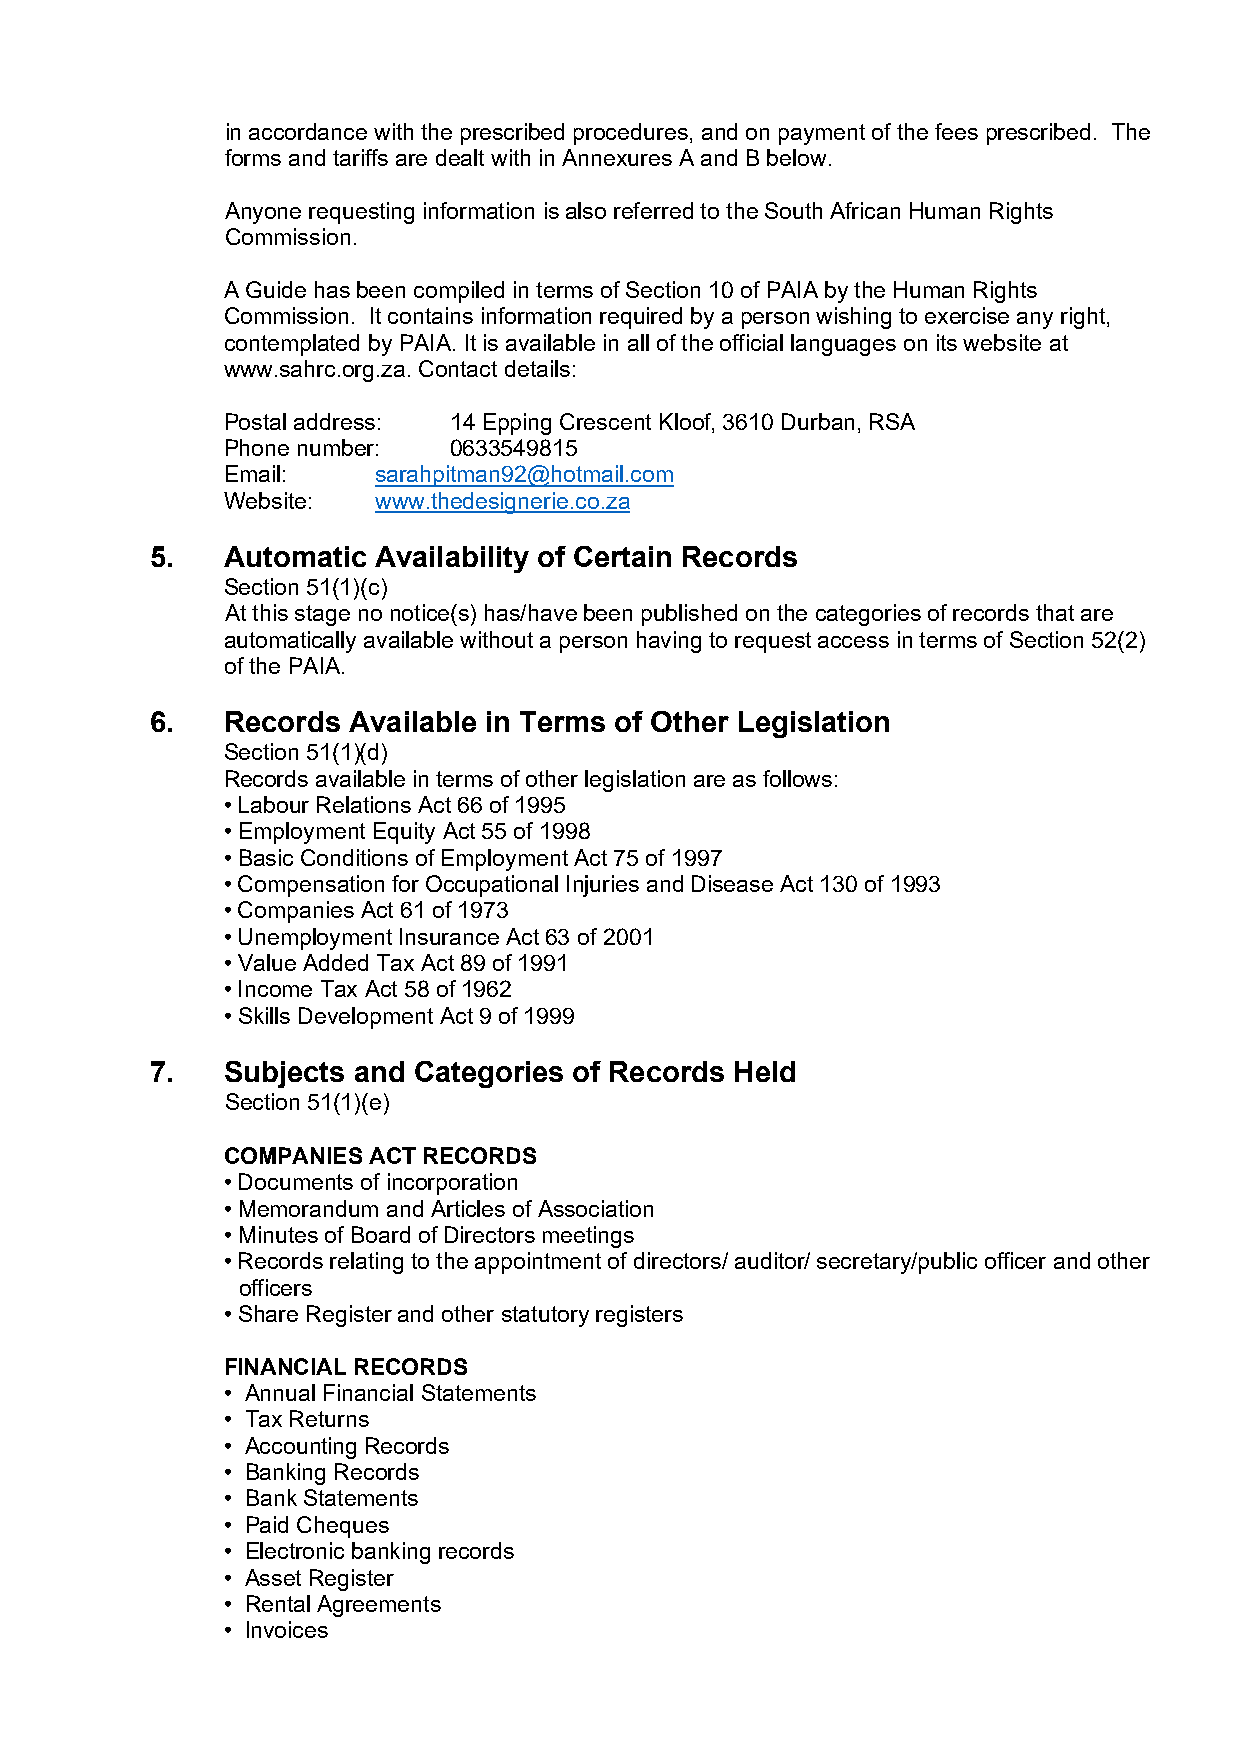
in accordance with the prescribed procedures, and on payment of the fees prescribed. The
 forms and tariffs are dealt with in Annexures A and B below.
 Anyone requesting information is also referred to the South African Human Rights
 Commission.
 A Guide has been compiled in terms of Section 10 of PAIA by the Human Rights
 Commission. It contains information required by a person wishing to exercise any right,
 contemplated by PAIA. It is available in all of the official languages on its website at
 www.sahrc.org.za. Contact details:
 Postal address: 14 Epping Crescent Kloof, 3610 Durban, RSA
 Phone number:  0633549815
 Email:    sarahpitman92@hotmail.com
 Website:  www.thedesignerie.co.za
 5.   Automatic Availability of Certain Records
 Section 51(1)(c)
 At this stage no notice(s) has/have been published on the categories of records that are
 automatically available without a person having to request access in terms of Section 52(2)
 of the PAIA.
 6.   Records Available in Terms of Other Legislation
 Section 51(1)(d)
 Records available in terms of other legislation are as follows:
 • Labour Relations Act 66 of 1995
 • Employment Equity Act 55 of 1998
 • Basic Conditions of Employment Act 75 of 1997
 • Compensation for Occupational Injuries and Disease Act 130 of 1993
 • Companies Act 61 of 1973
 • Unemployment Insurance Act 63 of 2001
 • Value Added Tax Act 89 of 1991
 • Income Tax Act 58 of 1962
 • Skills Development Act 9 of 1999
 7.   Subjects and Categories of Records Held
 Section 51(1)(e)
 COMPANIES ACT RECORDS
 • Documents of incorporation
 • Memorandum and Articles of Association
 • Minutes of Board of Directors meetings
 • Records relating to the appointment of directors/ auditor/ secretary/public officer and other
 officers
 • Share Register and other statutory registers
 FINANCIAL RECORDS
 • Annual Financial Statements
 • Tax Returns
 • Accounting Records
 • Banking Records
 • Bank Statements
 • Paid Cheques
 • Electronic banking records
 • Asset Register
 • Rental Agreements
 • Invoices